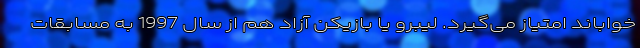
خواباند امتیاز می‌گیرد. لیبرو یا بازیکن آزاد هم از سال 1997 به مسابقات